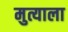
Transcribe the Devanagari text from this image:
मुत्याला